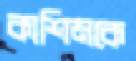
কাশিমকে